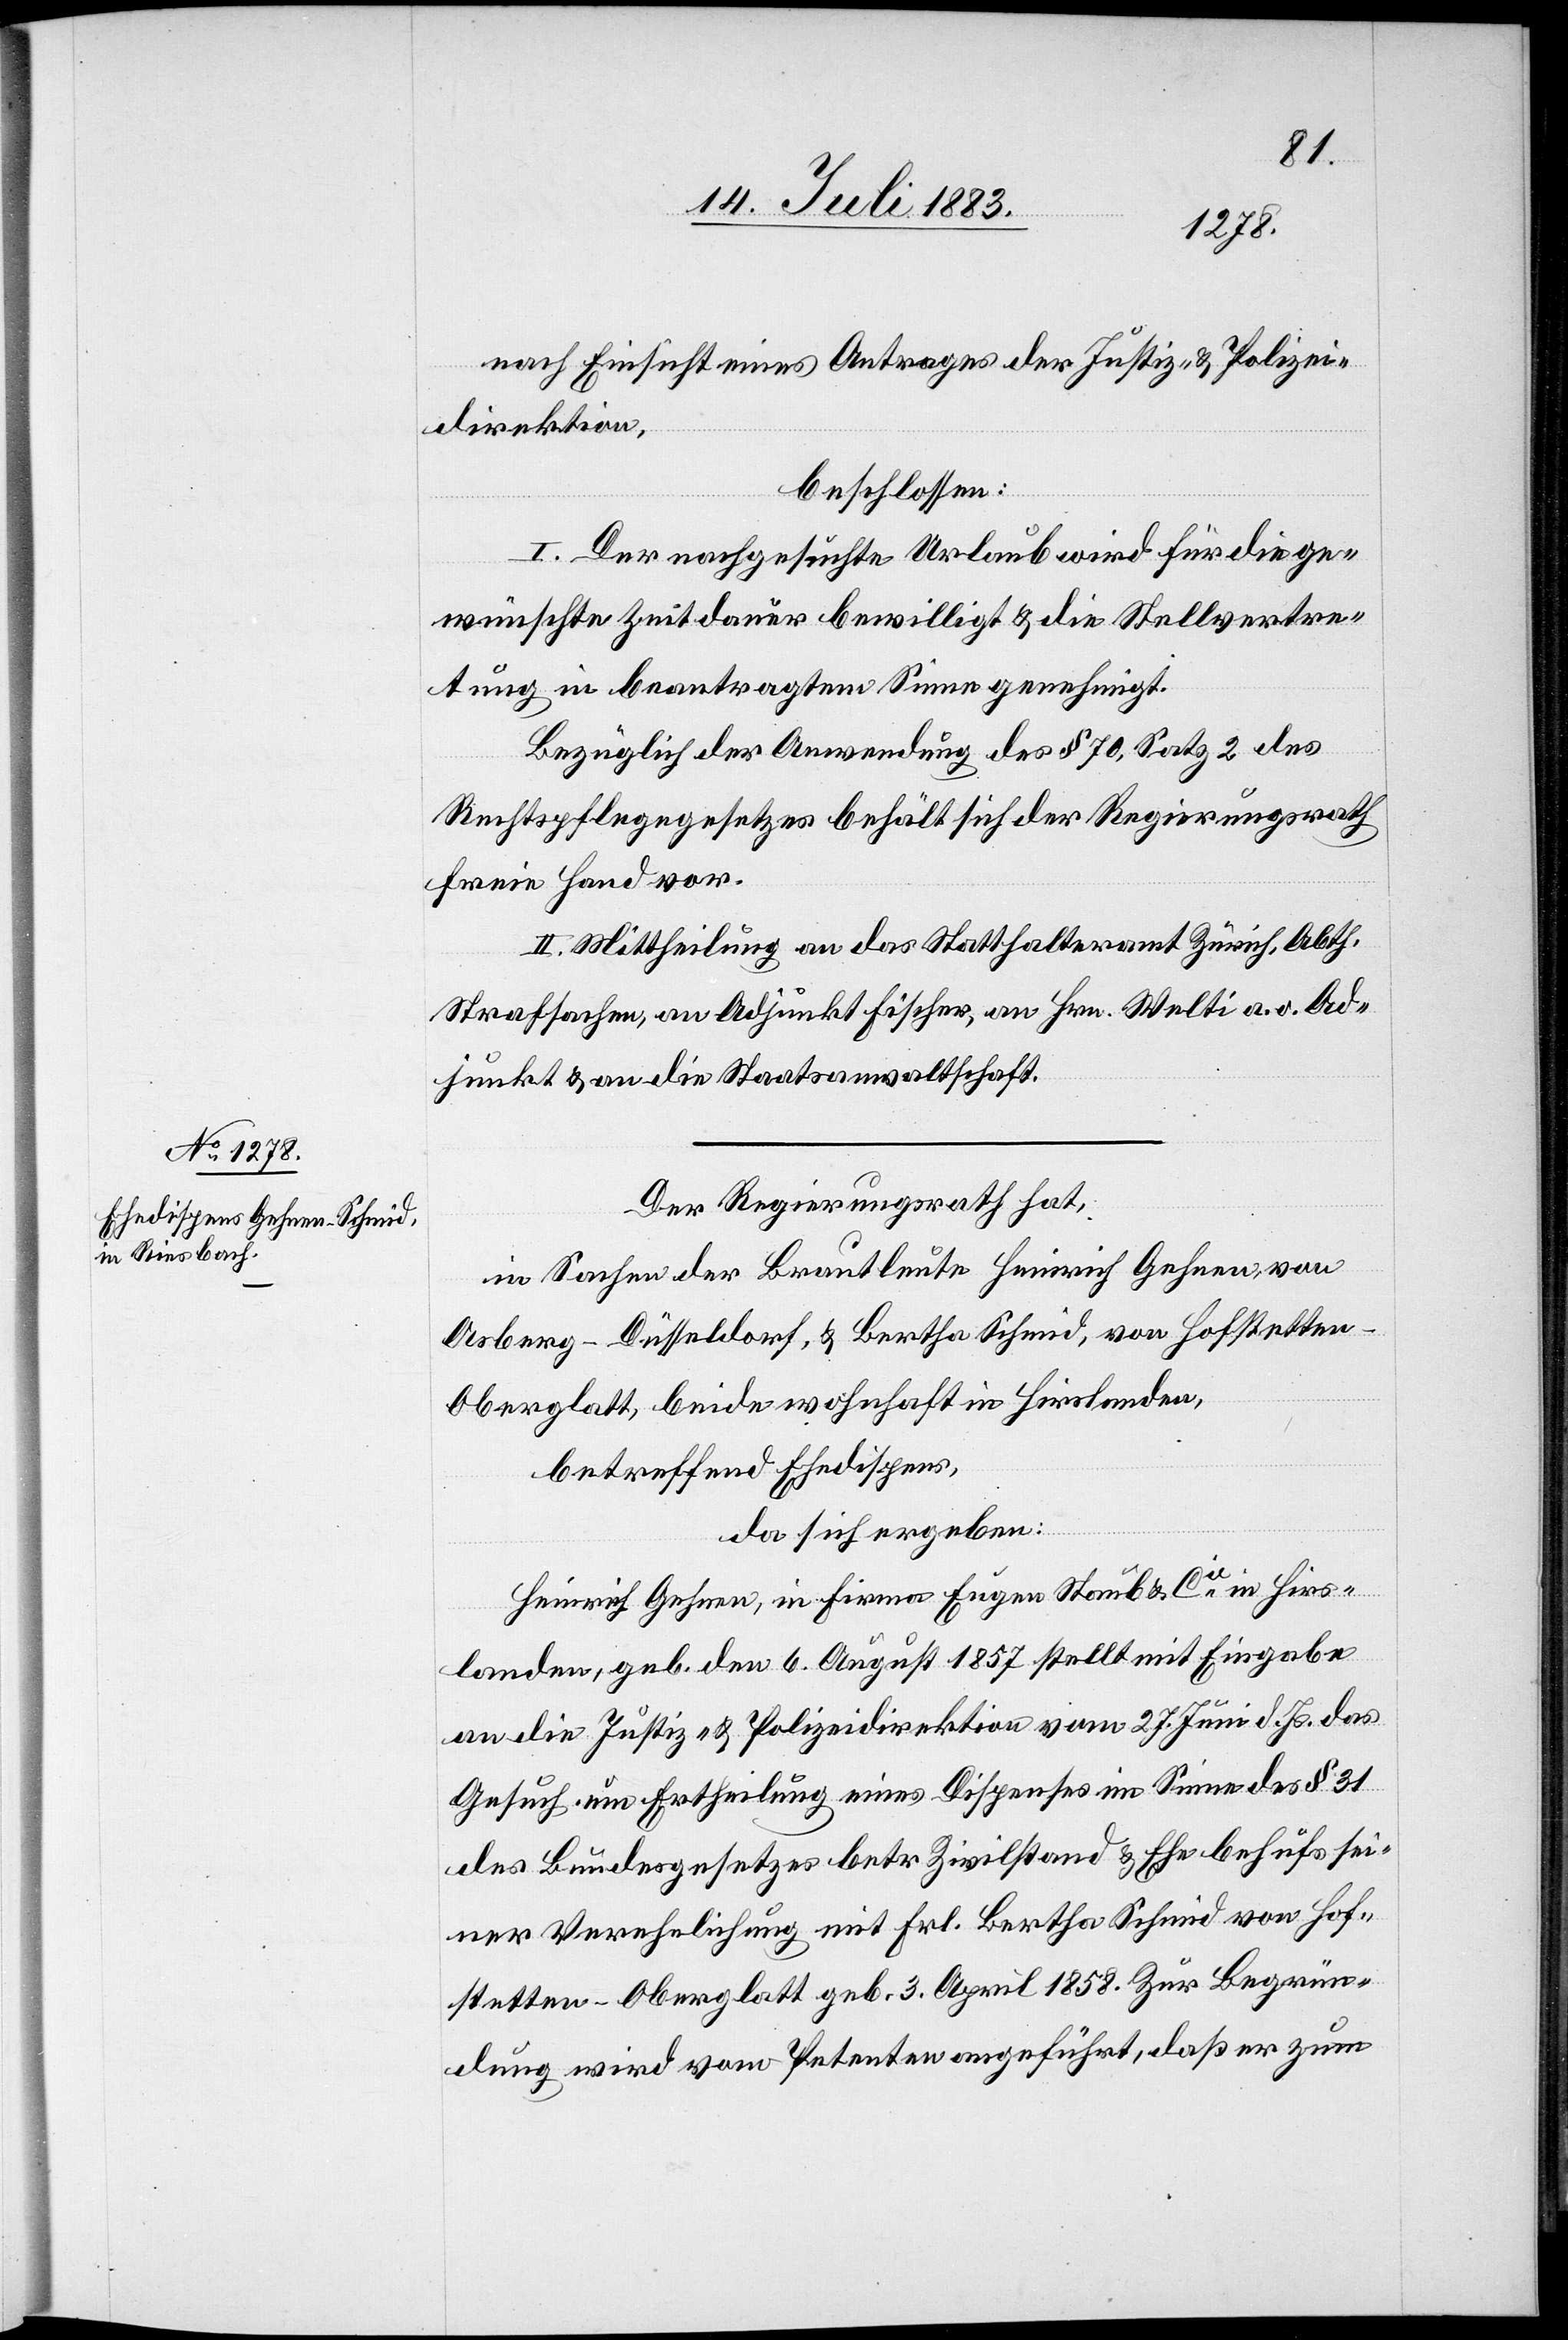
nach Einsicht eines Antrages der Justiz- & Polizei¬
direktion,
beschlossen:
I. Der nachgesuchte Urlaub wird für die ge¬
wünschte Zeitdauer bewilligt & die Stellvertre¬
tung in beantragtem Sinne genehmigt.
Bezüglich der Anwendung des § 70, Satz 2 des
Rechtspflegegesetzes behält sich der Regierungsrath
freie Hand vor.
III. Mittheilung an das Statthalteramt Zürich, Abth.
Strafsachen, an Adjunkt Fischer, an Hrn. Welti a. o. Ad¬
junkt & an die Staatsanwaltschaft.
Der Regierungsrath hat,
in Sachen der Brautleute Heinrich Gehnen, von
Asberg - Düsseldorf, & Bertha Schmid, von Hofstetten
Oberglatt, beide wohnhaft in Hirslanden,
betreffend Ehedispens,
da sich ergeben:
Heinrich Gehnen, in Firma Eugen Staub & Cie in Hirs¬
landen, geb. den 6. August 1857 stellt mit Eingabe
an die Justiz- & Polizeidirektion vom 27. Juni d. Js. das
Gesuch um Ertheilung eines Dispens im Sinne des § 31
des Bundesgesetzes betr. Zivilstand & Ehe behufs sei¬
ner Verehelichung mit Frl. Bertha Schmid von Hof¬
stetten - Oberglatt geb. 3. April 1858. Zur Begrün¬
dung wird vom Petenten angeführt, daß er zum